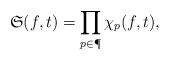
LaTeX: \begin{align*}\mathfrak{S}(f,t)=\prod_{p\in \P}\chi_p(f,t),\end{align*}